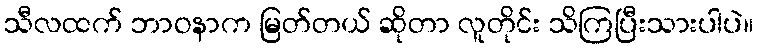
သီလထက် ဘာဝနာက မြတ်တယ် ဆိုတာ လူတိုင်း သိကြပြီးသားပါပဲ။